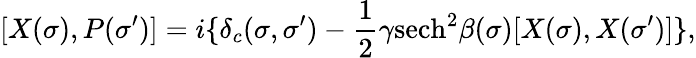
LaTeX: [X(\sigma),P(\sigma^{\prime})]=i\{ \delta_{c}(\sigma,\sigma^{\prime})-\frac{1}{2}\gamma\textrm{sech}^{2}\beta(\sigma)[X(\sigma),X(\sigma^{\prime})]\} ,